Notes on vaccination in the North-West Frontier Province 1923-1928 - 1923-1928
Year: 1923
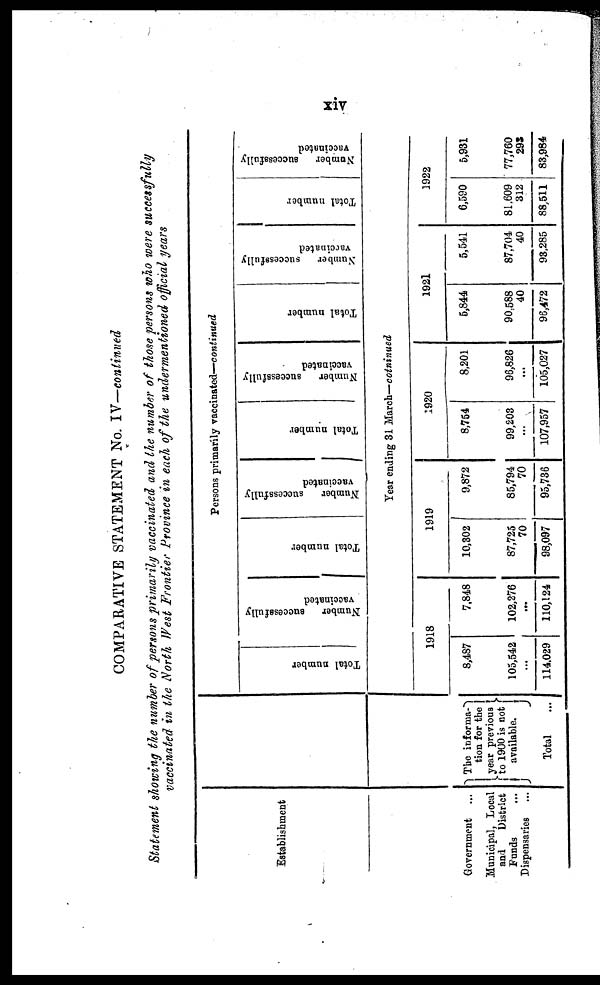
xiv
COMPARATIVE STATEMENT No. IV—continued
Statement showing the number of persons primarily vaccinated and the number of those persons who were successfully
vaccinated in the North West Frontier Province in each of the undermentioned official years
Establishment
Government ...
Municipal, Local
and
District
Funds ...
Dispensaries ...
The informa¬
tion for the
year previous
to 1900 is not
available.
Total ...
Persons primarily vaccinated—continued
Total number
Number
successfully
vaccinated
Total number
Number
successfully
vaccinated
Total number
Number
successfully
vaccinated
Total number
Number
successfully
vaccinated
Total number
Number
successfully
vaccinated
Year ending 31 March—cotninued
1918
8,487
105,542
...
114,029
7,848
102,276
...
110,124
1919
10,302
87,725
70
98,097
9,872
85,794
70
95,736
1920
8,754
99,203
...
107,957
8,201
96,826
...
105,027
1921
5,844
90,588
40
96,472
5,541
87,704
40
93,285
1922
6,590
81,609
312
88,511
5,931
77,760
293
83,984